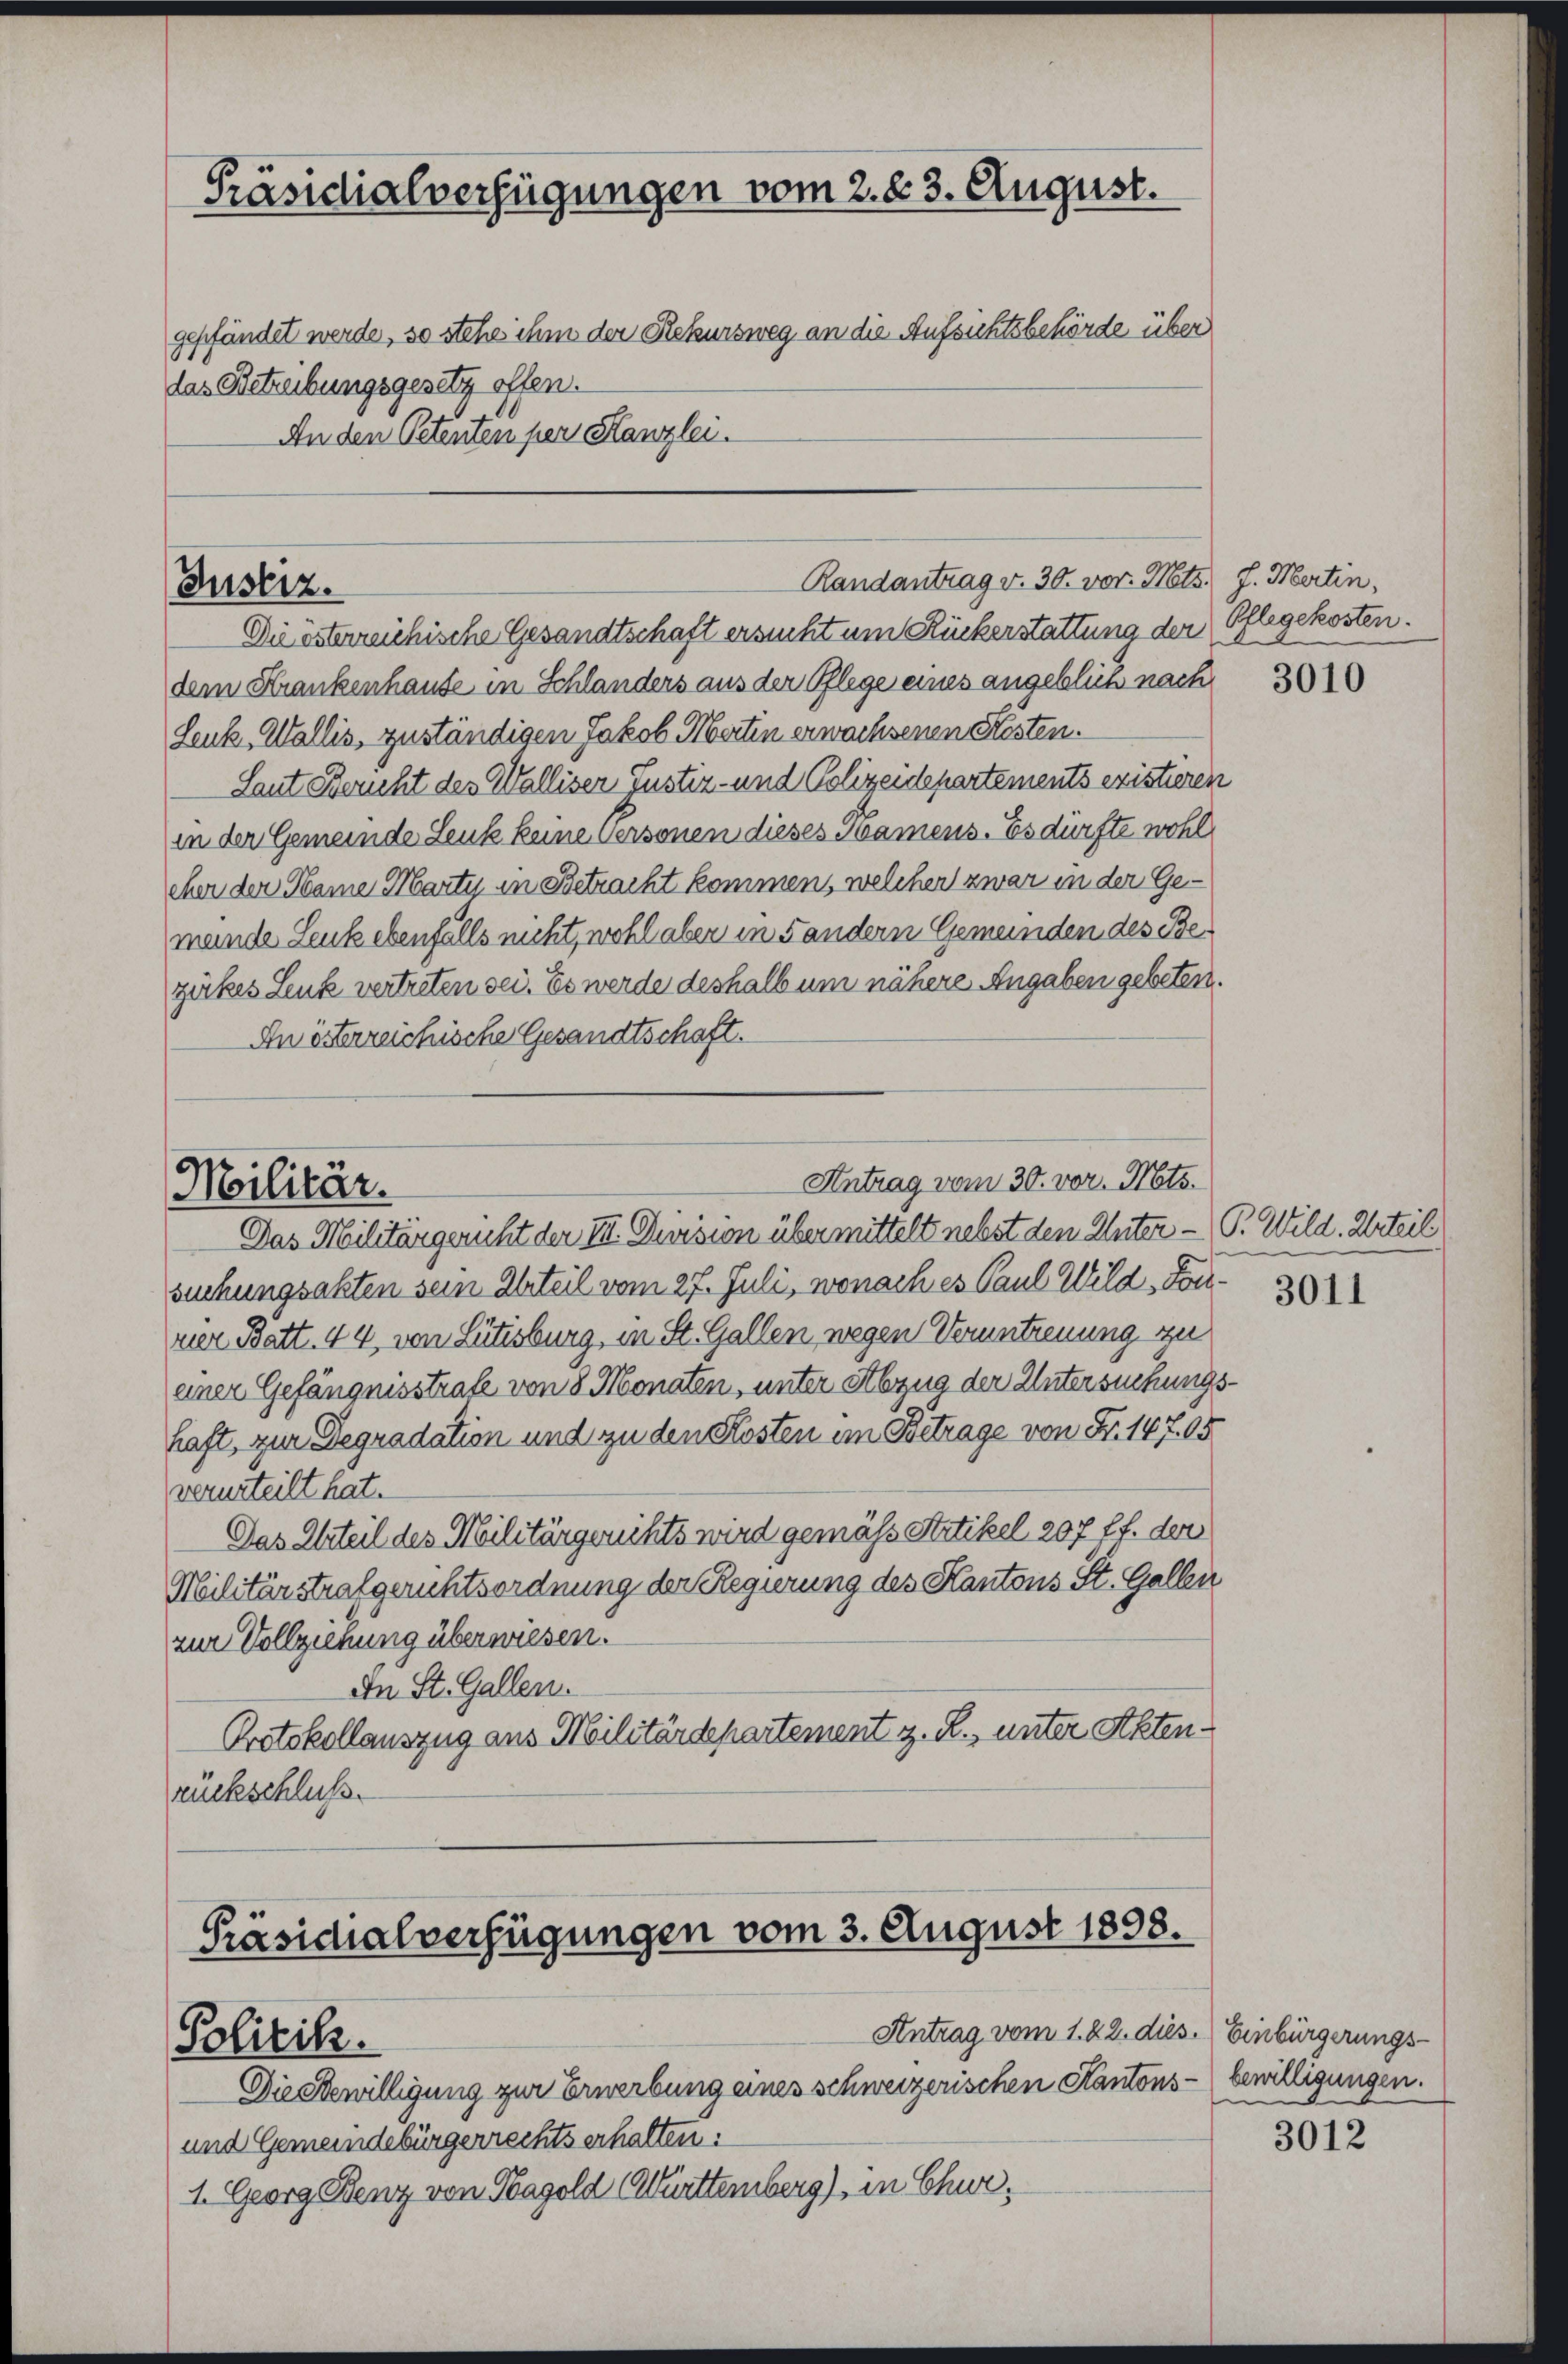
Präsidialverfügungen vom 2. 83. August.
gepfändet werde, so stehe ihm der Rekursweg an die Aufsichtsbehörde über
das Betreibungsgesetz offen.
An den Petenten per Kanzlei.

Justiz.

Die österreichische Gesandtschaft ersucht um Ruckerstattung der Pflegekosten.
dem Krankenhause in Schlanders aus der Pflege eines angeblich nach
Lenk, Wallis, zuständigen Jakob Mertin erwachsenen Klosten.
Laut Bericht des Walliser Justiz- und Polizeidepartements existieren
in der Gemeinde Lenk keine Personen dieses Namens. Es dürfte wohl
cher der Name Marty in Betracht kommen, welcher zwar in der Gemande Leuk ebenfalls nicht, wohl aber in Sandern Gemeinden des Bezirkes Leute vertreten sei. Es werde deshalb um nähere Angaben gebeten.
An österreichische Gesandtschaft.

Randantrag v. 30. vor. Mts. f. Martin,

Antrag vom 30. vor. Mts.
Militär.
Das Militärgericht der III. Division über mittelt nebst den Unter — P. Wild. Urteil

Präsidialverfügungen vom 3. August 1898.
Antrag vom 1. 22. dies. Einbürgerungs¬
Politik.
Die bewilligung zur Erwerbung eines schweizerischen Kantons- bewilligungen.

und Gemeindebürgerrechts erhalten:
1. Georg Benz von Hagold (Württemberg), in Chur¬

suchungsakten sein Urteil vom 27. Juli, wonach es Paul Wild-Lonvier Batt. 44, von Lütisburg, in St. Gallen, wegen Veruntreuung zu
einer Gefängnisstrafe von 8 Monaten, unter Abzug der Untersuchungshaft, zur Degradation und zu den Kosten im Betrage von Fr. 147. 15
verurteilt hat.
Das Urteil des Militärgerichts wird gemäss Artikel 207 ff. der
Militärstrafgerichtsordnung der Regierung des Kantons St. Gallen
zur Vollziehung überwiesen.
In St. Gallen.
Protokollauszug aus Militärdepartement z. R., unter Aktenrückschluss.

3010

3011

3012